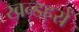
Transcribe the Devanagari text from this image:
खन्डहरों